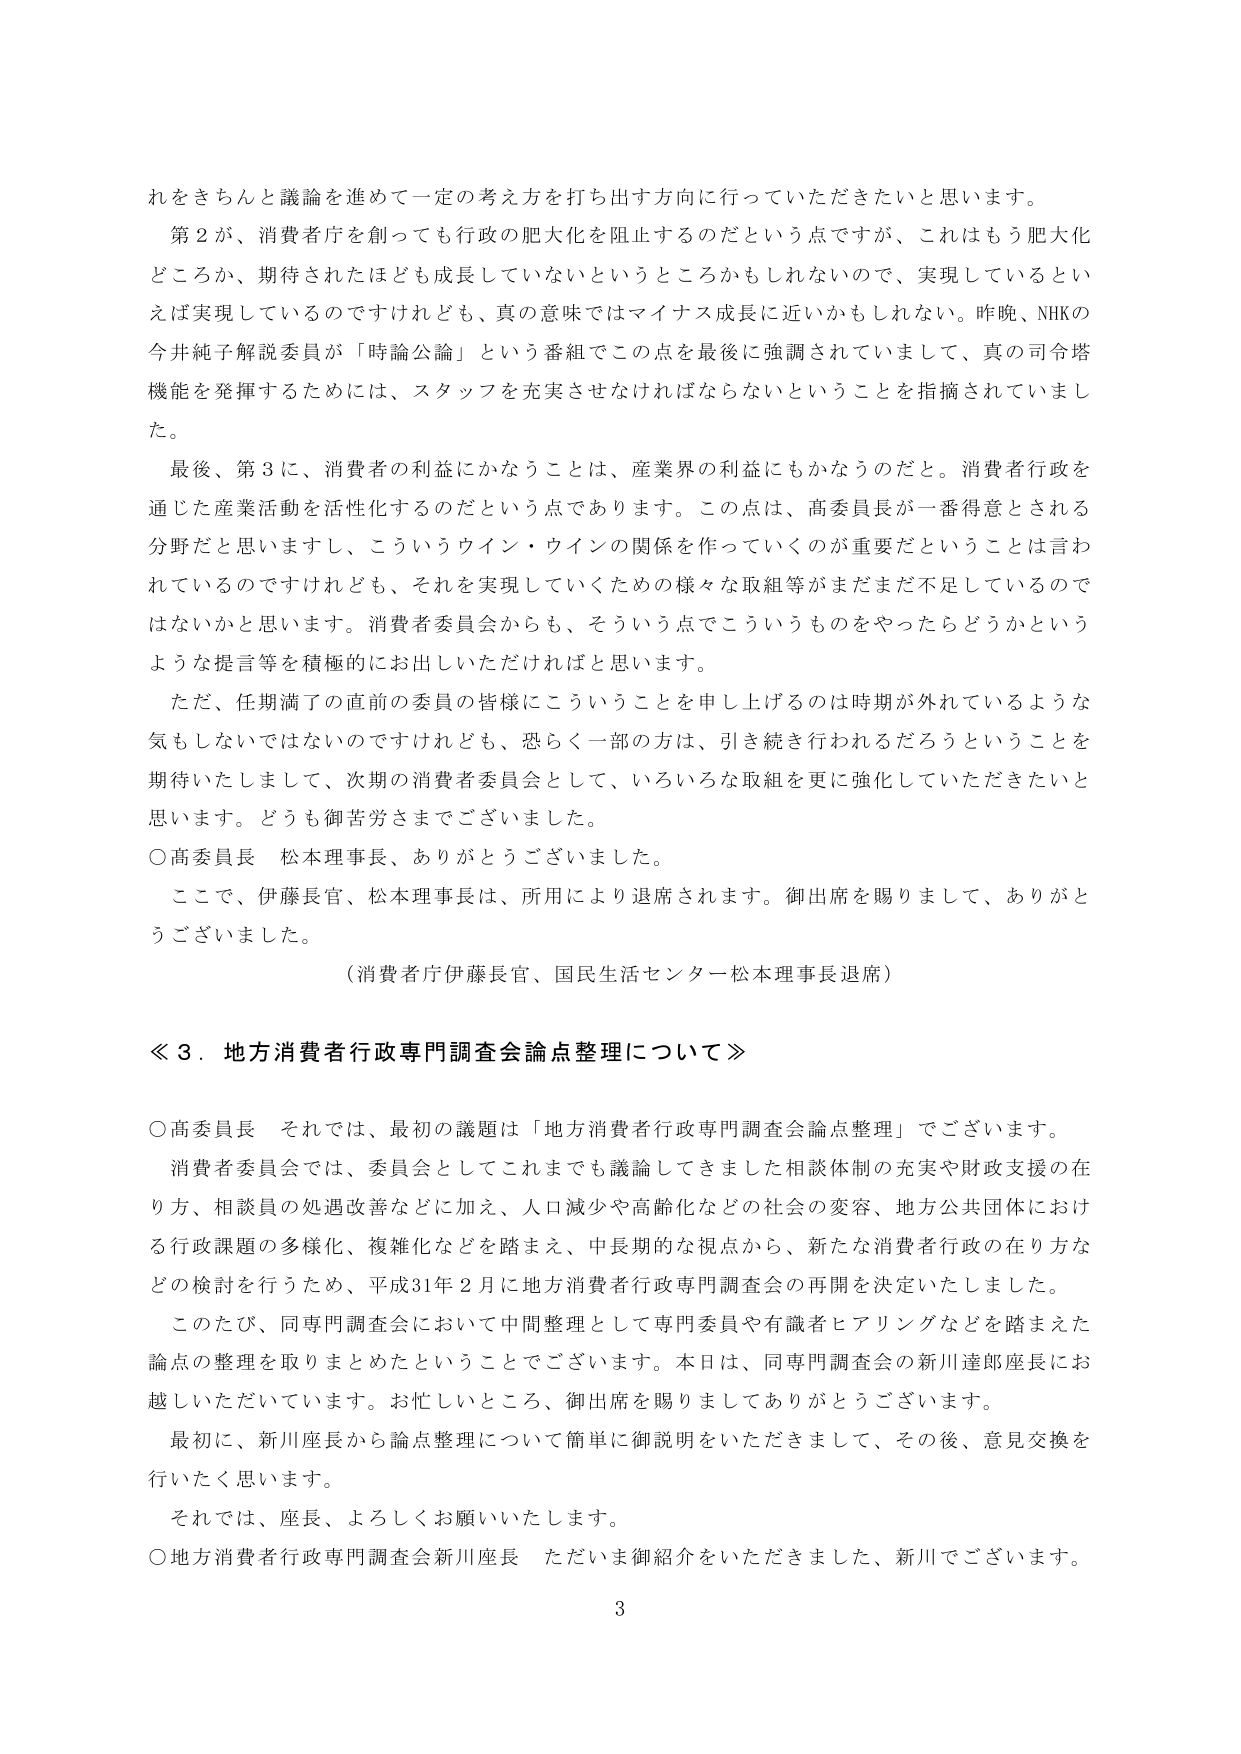
れをきちんと議論を進めて一定の考え方を打ち出す方向に行っていただきたいと思います。

第2が、消費者庁を創っても行政の肥大化を阻止するのだという点ですが、これはもう肥大化どころか、期待されたほども成長していないというところかもしれないのでき、実現しているといえば実現しているのですけれども、真の意味ではマイナス成長に近いかもしれない。昨晩、NHKの今井純子解説委員が「時論公論」という番組でこの点を最後に強調されていまして、真の司令塔機能を発揮するためには、スタッフを充実させなければならないということを指摘されていました。

最後、第3に、消費者の利益にかなうことは、産業界の利益にもかなうのだと。消費者行政を通じた産業活動を活性化するのだという点であります。この点は、高委員長が一番得意とされる分野だと思いますし、こういうウイン・ウインの関係を作っていくのが重要だということは言われているのですけれども、それを実現していくための様々な取組等がまだまだ不足しているのではないかと思います。消費者委員会からも、そういう点でこういうものをやったらどうかというような提言等を積極的にお出しいただければと思います。

ただ、任期満了の直前の委員の皆様にこういうことを申し上げるのは時期が外れているような気もしないではないですけれども、恐らく一部の方は、引き続き行われるだろうということを期待いたしまして、次期の消費者委員会として、いろいろな取組を更に強化していただきたいと思います。どうも御苦労さまでございました。

〇高委員長 松本理事長、ありがとうございました。

ここで、伊藤長官、松本理事長は、所用により退席されます。御出席を賜りまして、ありがとうございました。

（消費者庁伊藤長官、国民生活センター松本理事長退席）

≪3．地方消費者行政専門調査会論点整理について≫

〇高委員長 それでは、最初の議題は「地方消費者行政専門調査会論点整理」でございます。

消費者委員会では、委員会としてこれまでも議論してきました相談体制の充実や財政支援の在り方、相談員の処遇改善などに加え、人口減少や高齢化などの社会の変容、地方公共団体における行政課題の多様化、複雑化などを踏まえ、中長期的な視点から、新たな消費者行政の在り方などの検討を行うため、平成31年2月に地方消費者行政専門調査会の再開を決定いたしました。

このたび、同専門調査会において中間整理として専門委員や有識者ヒアリングなどを踏まえた論点の整理を取りまとめたということでございます。本日は、同専門調査会の新川達郎座長にお越しいただいています。お忙しいところ、御出席を賜りましてありがとうございます。

最初に、新川座長から論点整理について簡単に御説明をいただきまして、その後、意見交換を行いたく思います。

それでは、座長、よろしくお願いいたします。

〇地方消費者行政専門調査会新川座長 ただいま御紹介をいただきました、新川でございます。

3